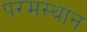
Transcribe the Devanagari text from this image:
परमस्थान